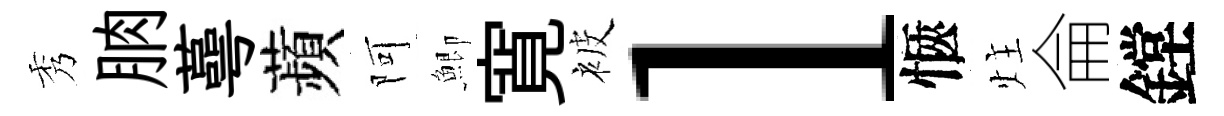
秀朒蕚蘋阿鯽寛被l愜炷侖鏜